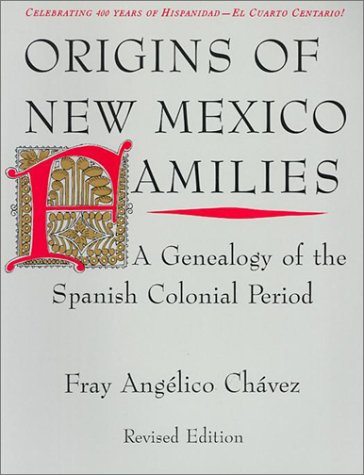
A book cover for Origins of New Mexico Families: A Genealogy of the Spanish Colonial Period; Fray AngÃ©lico ChÃ¡vez; Reference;